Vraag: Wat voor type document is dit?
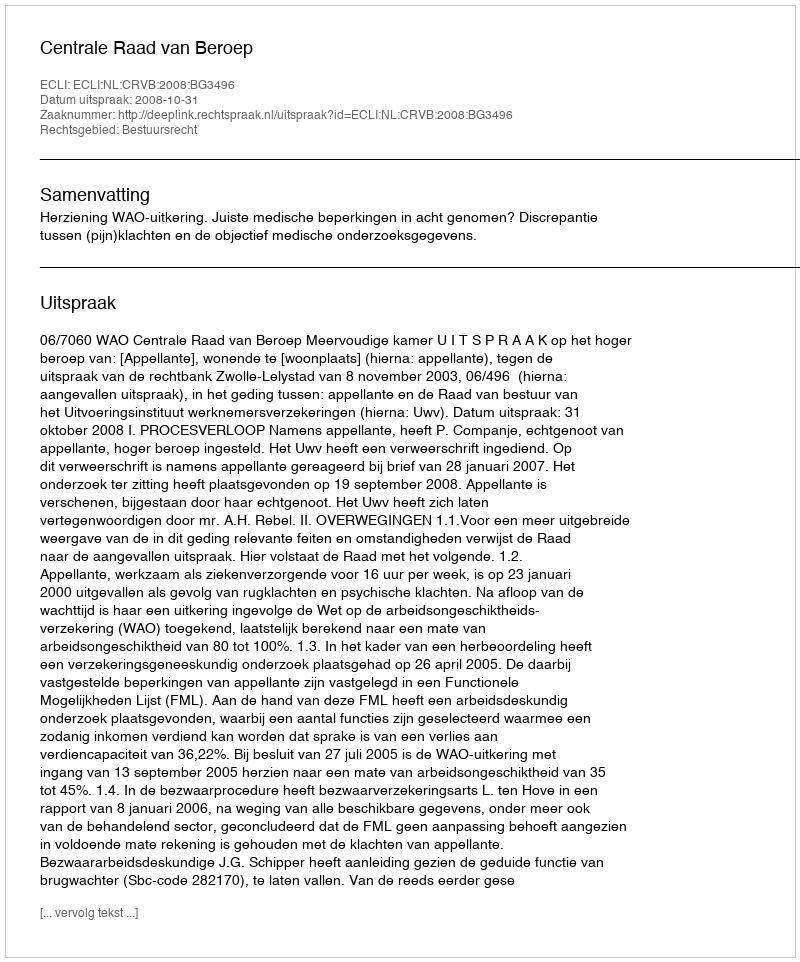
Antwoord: Uitspraak